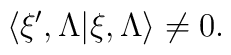
\langle \xi' , \Lambda | \xi, \Lambda \rangle \not= 0 .